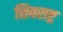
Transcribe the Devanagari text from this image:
शिवराष्ट्र